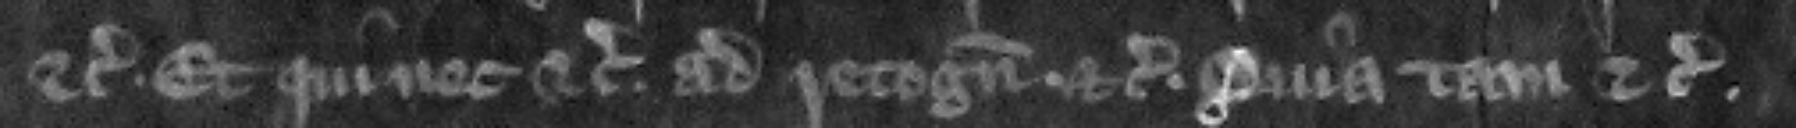
etc. Et quinec etc. ad recognoscendum etc. quia tam etc.